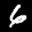
Label: 6